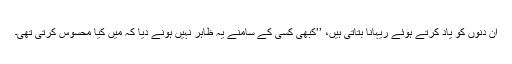
ان دنوں کو یاد کرتے ہوئے ریہانا بتاتی ہیں، ’’کبھی کسی کے سامنے یہ ظاہر نہیں ہونے دیا کہ میں کیا محسوس کرتی تھی۔